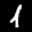
Label: 1